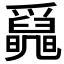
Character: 𤕄